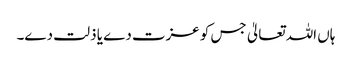
ہاں اللہ تعالیٰ جس کو عزت دے یا ذلت دے۔